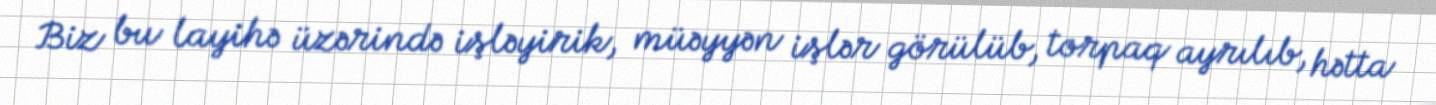
Biz bu layihə üzərində işləyirik, müəyyən işlər görülüb, torpaq ayrılıb, hətta